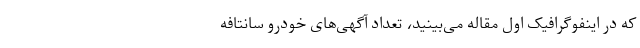
که در اینفوگرافیک اول مقاله می‌بینید، تعداد آگهی‌های خودرو سانتافه